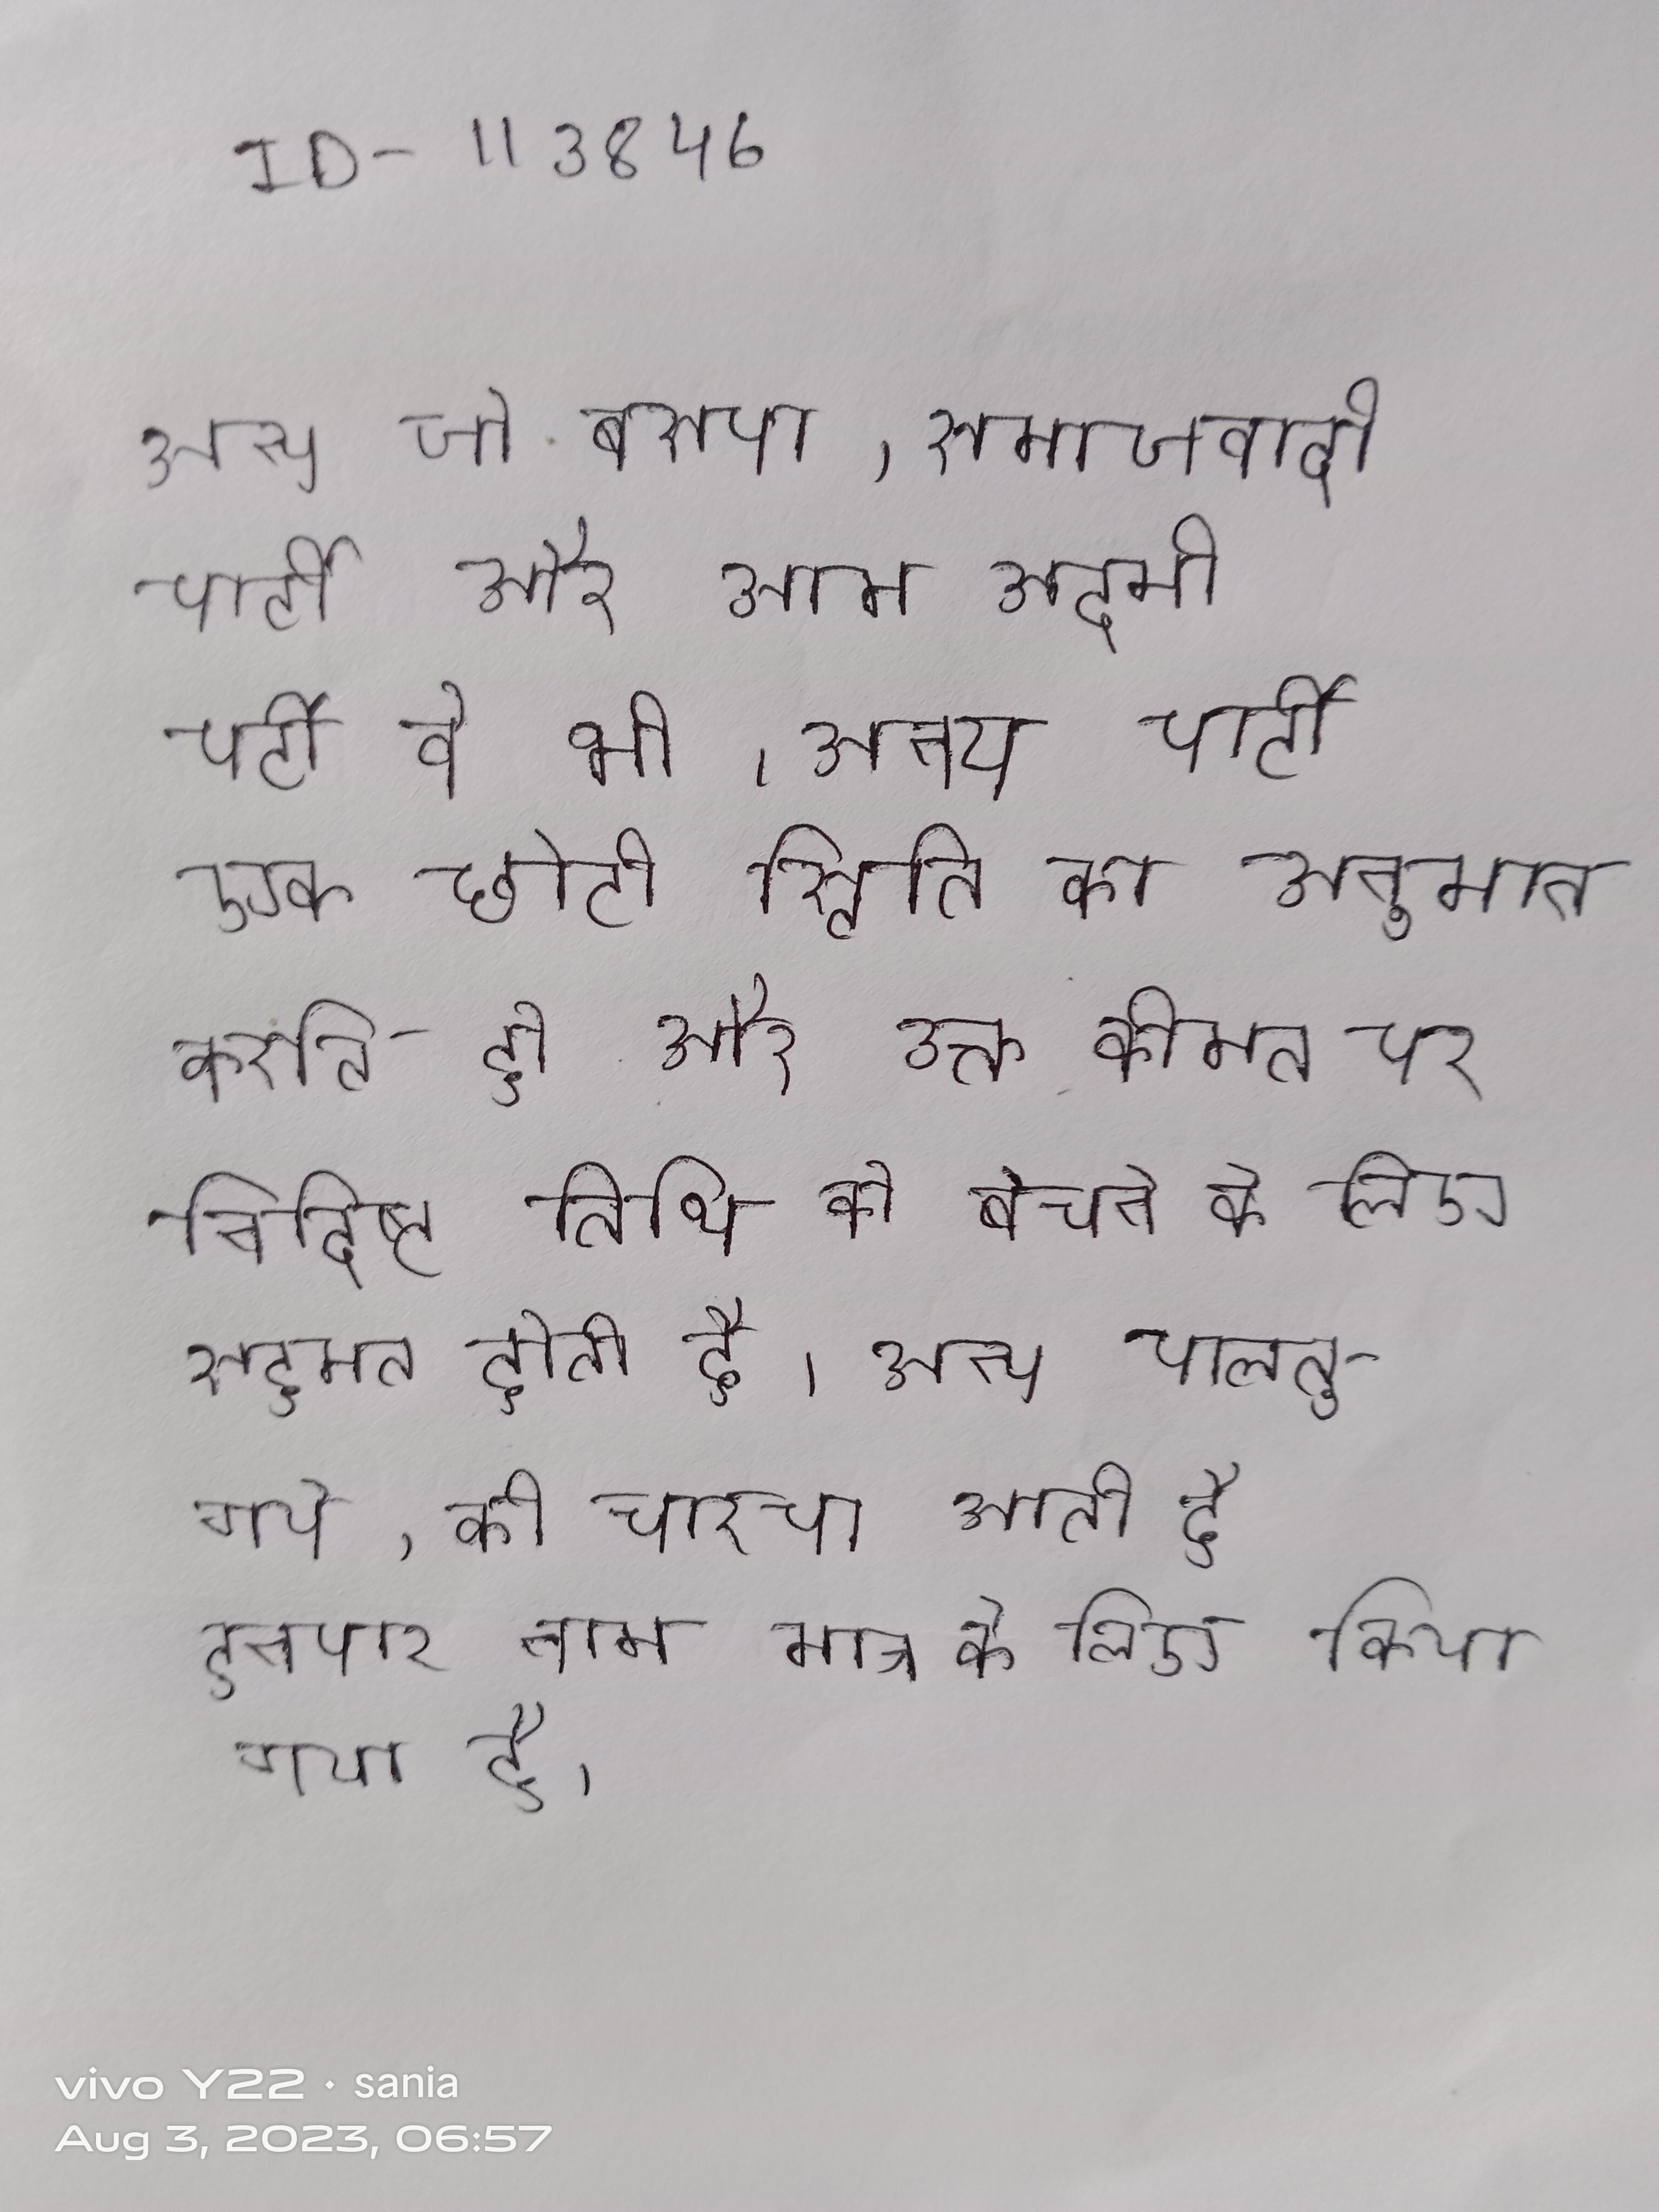
अन्य जो बसपा, समाजवादी पार्टी और आम आदमी पार्टी वे भी । अन्य पार्टी एक छोटी स्थिति का अनुमान करती है और उक्त कीमत पर निर्दिष्ट तिथि को बेचने के लिए सहमत होती है । अन्य पालतू गाय, की चरचा आती है इनपर नाम मात्र के लिए किया गया है ।